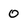
Character: 0